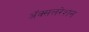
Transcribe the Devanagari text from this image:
अॅक्सलरेशन